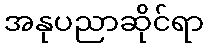
အနုပညာဆိုင်ရာ